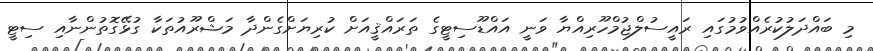
މި ބައްދަލުކުރެއްވުމުގައި ރައީސުލްޖުމްހޫރިއްޔާ ވަނީ އައްޑޫސިޓީގެ ތަރައްޤީއަށް ކުރިޔަށްގެންދާ މަޝްރޫއުތަކާ ގުޅޭގޮތުންނާއި ސިޓީ